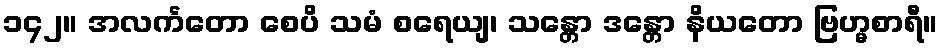
၁၄၂။ အလင်္ကတော စေပိ သမံ စရေယျ၊ သန္တော ဒန္တော နိယတော ဗြဟ္မစာရီ။